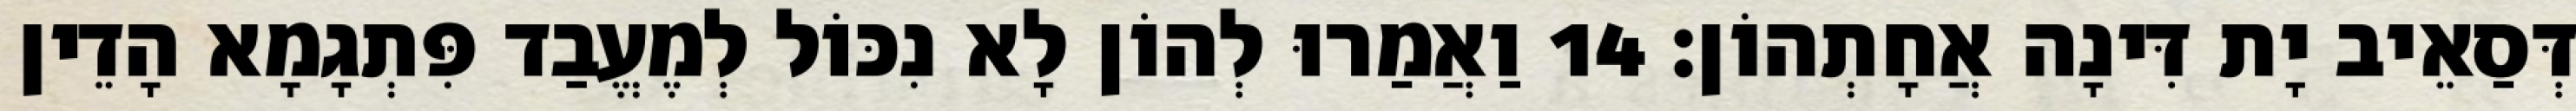
דְּסַאֵיב יָת דִּינָה אֲחָתְהוֹן׃ 14 וַאֲמַרוּ לְהוֹן לָא נִכּוֹל לְמֶעֱבַד פִּתְגָמָא הָדֵין